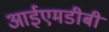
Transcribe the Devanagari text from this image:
आईएमडीबी